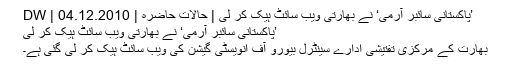
’پاکستانی سائبر آرمی‘ نے بھارتی ویب سائٹ ہیک کر لی | حالات حاضرہ | DW | 04.12.2010
’پاکستانی سائبر آرمی‘ نے بھارتی ویب سائٹ ہیک کر لی
بھارت کے مرکزی تفتیشی ادارے سینٹرل بیورو آف انویسٹی گیشن کی ویب سائٹ ہیک کر لی گئی ہے۔